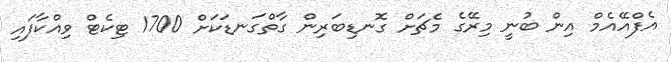
އެފްއޭއެމް އިން ބުނީ މިރޭގެ މެޗަށް ގޮނޑިބަރިން ގާތްގަނޑަކަށް 1700 ޓިކެޓް ވިއްކާފައި